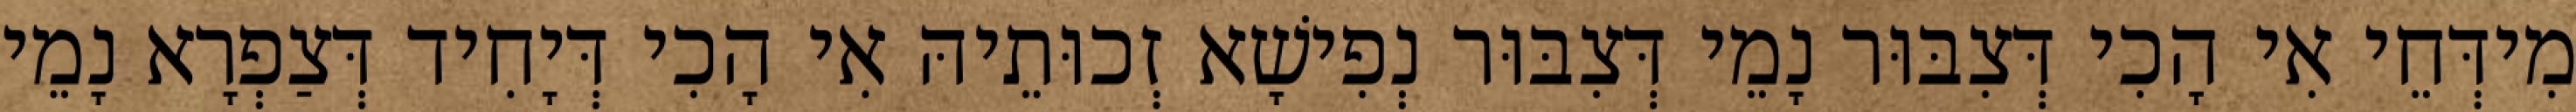
מִידְּחֵי אִי הָכִי דְּצִבּוּר נָמֵי דְּצִבּוּר נְפִישָׁא זְכוּתֵיהּ אִי הָכִי דְּיָחִיד דְּצַפְרָא נָמֵי